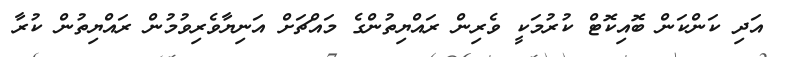
އަދި ކަންކަން ބޮއިކޮޓް ކުރުމަކީ ވެރިން ރައްޔިތުންގެ މައްޗަށް އަނިޔާވެރިވުމުން ރައްޔިތުން ކުރާ